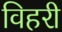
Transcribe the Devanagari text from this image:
विहरी